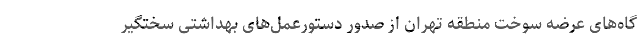
گاه‌های عرضه سوخت منطقه تهران از صدور دستورعمل‌های بهداشتی سختگیر